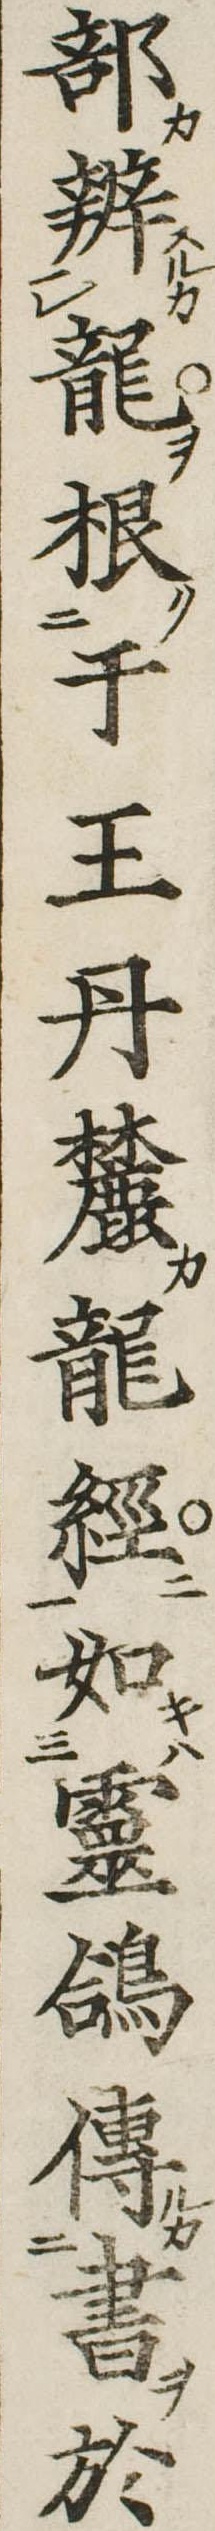
部弁竜根于王丹麓竜経如霊鴿伝書於